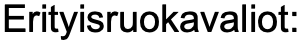
Erityisruokavaliot: